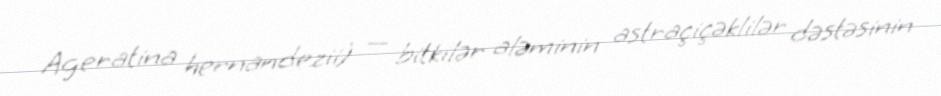
Ageratina hernandezii) — bitkilər aləminin astraçiçəklilər dəstəsinin